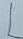
Text: L